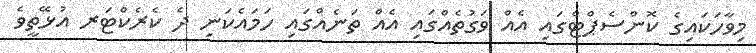
މިވާހަކައިގެ ކޮންސެޕްޓްގައި އެއް ވަގުތެއްގައި އެއް ތަނެއްގައި ހަމައެކަނި ދެ ކެރެކްޓަރ އުޅޭތީވެ